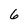
Character: 6